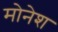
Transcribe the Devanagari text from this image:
मोनेश